Annual report of the Imperial Bacteriological Laboratory, Muktesar
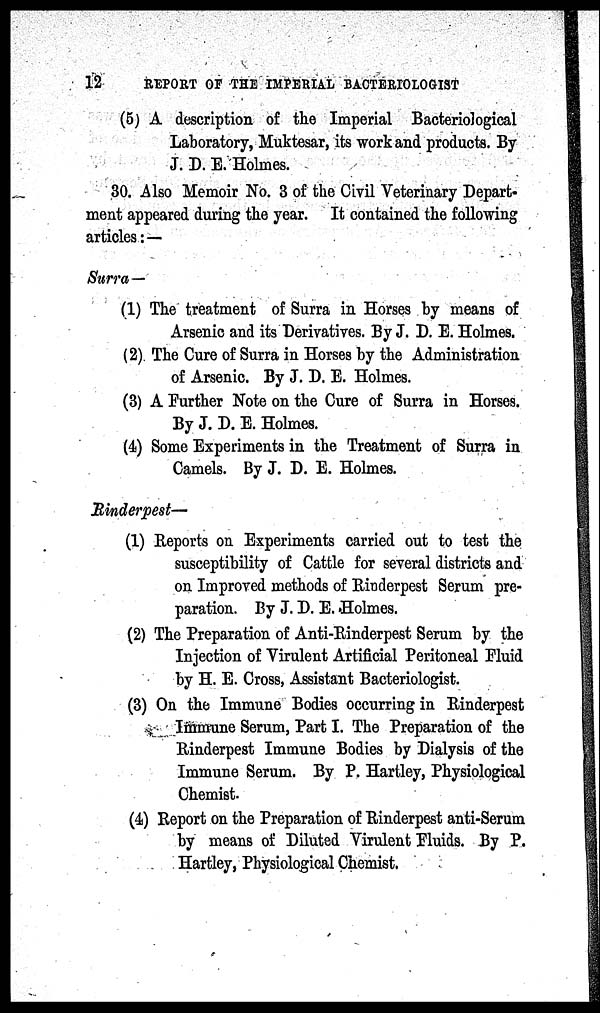
12
REPORT OF THE IMPERIAL BACTERIOLOGIST
(5) A description of the Imperial Bacteriological
Laboratory, Muktesar, its work and products. By
J. D. E. Holmes.
30. Also Memoir No. 3 of the Civil Veterinary Depart-
ment appeared during the year. It contained the following
articles: —
Surra—
(1) The treatment of Surra in Horses by means of
Arsenic and its Derivatives. By J. D. E. Holmes.
(2) The Cure of Surra in Horses by the Administration
of Arsenic. By J. D. E. Holmes.
(3) A Further Note on the Cure of Surra in Horses.
By J. D. E. Holmes.
(4) Some Experiments in the Treatment of Surra in
Camels. By J. D. E. Holmes.
Rinderpest—
(1) Reports on Experiments carried out to test the
susceptibility of Cattle for several districts and
on Improved methods of Rinderpest Serum pre-
paration. By J. D. E. Holmes.
(2) The Preparation of Anti-Rinderpest Serum by the
Injection of Virulent Artificial Peritoneal Fluid
by H. E. Cross, Assistant Bacteriologist.
(3) On the Immune Bodies occurring in Rinderpest
Immune Serum, Part I. The Preparation of the
Rinderpest Immune Bodies by Dialysis of the
Immune Serum. By P. Hartley, Physiological
Chemist.
(4) Report on the Preparation of Rinderpest anti-Serum
by means of Diluted Virulent Fluids. By P.
Hartley, Physiological Chemist.